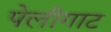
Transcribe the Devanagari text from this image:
पेलीगाट